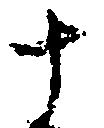
十